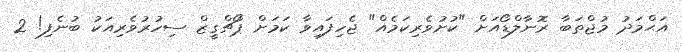
އަޙްމަދު މުޖްތަބާ ރޮނާލްޑޯއަށް "ކުށުވެރިކަމެއް" ޖެހިފައިވާ ކަމަށް ޕޯޗްގީޒް ސިހުރުވެރިއަކު ބުނެފި! 2